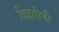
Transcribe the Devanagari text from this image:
विहारीजी